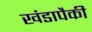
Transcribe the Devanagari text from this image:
खंडापैकी